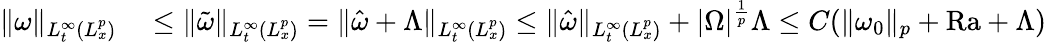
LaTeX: \begin{array}{rl}{\| \omega\| _{L_{t}^{\infty}(L_{x}^{p})}}&{{}\leq\| \tilde{\omega}\| _{L_{t}^{\infty}(L_{x}^{p})}=\| \hat{\omega}+\Lambda\| _{L_{t}^{\infty}(L_{x}^{p})}\leq\| \hat{\omega}\| _{L_{t}^{\infty}(L_{x}^{p})}+|\Omega|^{\frac{1}{p}}\Lambda\leq C(\| \omega_{0}\| _{p}+\mathrm{{Ra}}+\Lambda)}\end{array}